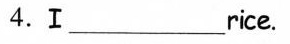
4.Ⅰ_rice.